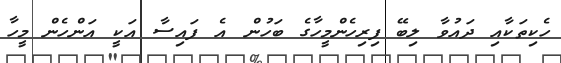
ހެކިތަކާއި ދައުވާ ލިބޭ ފިރިހެންމީހާގެ ބަހުން އެ ފައިސާ އަކީ އަންހެން މީހާ